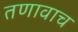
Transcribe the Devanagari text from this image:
तणावाच